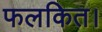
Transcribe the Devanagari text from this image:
फलकित।